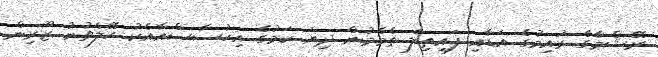
ރޭޝްމާގެ ރުއިމުގެ އަޑާއި ފައިތިލަ ތެމެމުން ދިޔަ ކަމުގެ އިހުސާސްއާއެކު ހޭލެވުނު ޒޫރިން